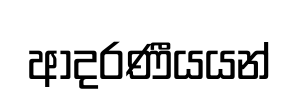
ආදරණීයයන්